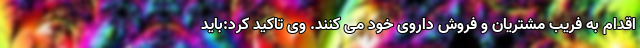
اقدام به فریب مشتریان و فروش داروی خود می کنند. وی تاکید کرد:باید